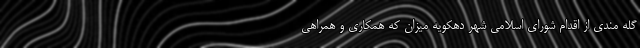
گله مندی از اقدام شورای اسلامی شهر دهکویه میزان که همکاری و همراهی